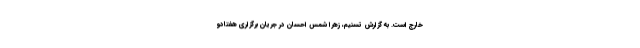
خارج است. به گزارش تسنیم، زهرا شمس احسان در جریان برگزاری هفتادو‌